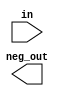
module fp_negate (
                  in,
                  neg_out
                  );


   //--------------------------------------------------------------------
   // Input
   //--------------------------------------------------------------------
   input wire [26:0] in;
   
   //--------------------------------------------------------------------
   // Output
   //--------------------------------------------------------------------
   output wire [26:0] neg_out ;

   //--------------------------------------------------------------------
   // Module contents
   //--------------------------------------------------------------------
   assign neg_out = {~neg_out[26],neg_out[25:0]};
   
endmodule